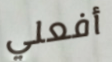
أفعلي